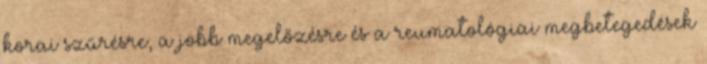
korai szűrésre, a jobb megelőzésre és a reumatológiai megbetegedések